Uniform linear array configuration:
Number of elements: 24
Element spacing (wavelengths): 0.25
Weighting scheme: hamming
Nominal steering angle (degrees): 30
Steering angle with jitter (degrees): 30.347
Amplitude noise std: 0.05
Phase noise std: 0.05

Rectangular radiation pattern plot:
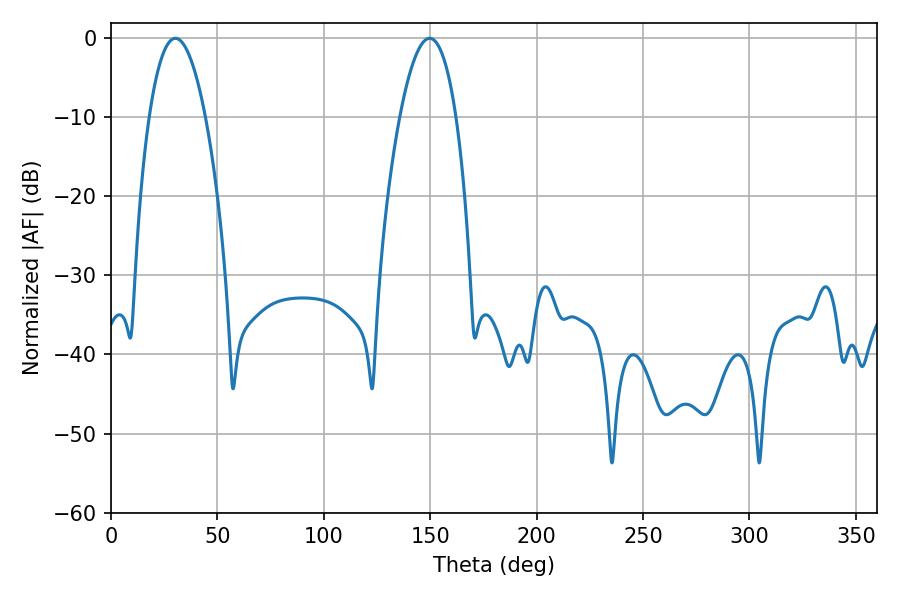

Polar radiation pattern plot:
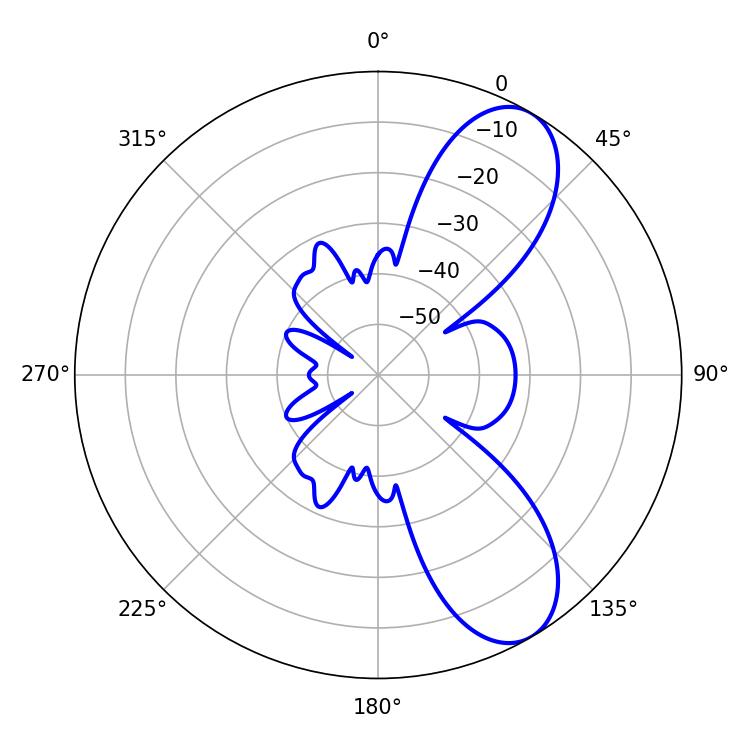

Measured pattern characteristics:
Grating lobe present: FALSE
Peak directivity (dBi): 8.577
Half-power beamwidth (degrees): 14.58
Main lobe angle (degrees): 30.24